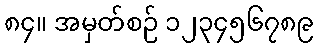
၈၄။ အမှတ်စဉ် ၁၂၃၄၅၆၇၈၉